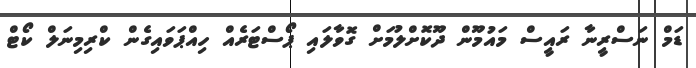
ޑަމް ނަސްރީނާ ރައީސް މައުމޫން ދޫކޮށްލުމަށް ގޮވާލައި ޕޯސްޓަރެއް ހިއްޕަވައިގެން ކްރިމިނަލް ކޯޓް